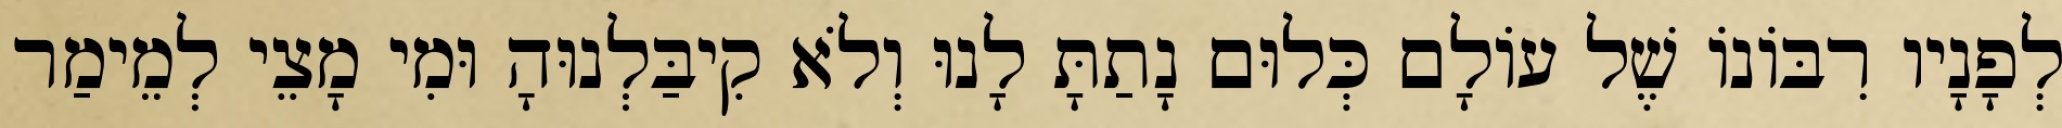
לְפָנָיו רִבּוֹנוֹ שֶׁל עוֹלָם כְּלוּם נָתַתָּ לָנוּ וְלֹא קִיבַּלְנוּהָ וּמִי מָצֵי לְמֵימַר